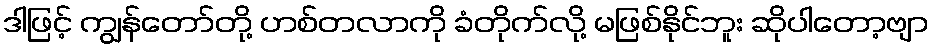
ဒါဖြင့် ကျွန်တော်တို့ ဟစ်တလာကို ခံတိုက်လို့ မဖြစ်နိုင်ဘူး ဆိုပါတော့ဗျာ